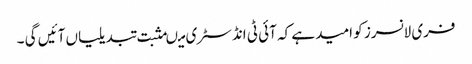
فری لانسرز کو امید ہے کہ آئی ٹی انڈسٹری میںمثبت تبدیلیاں آئیں گی ۔